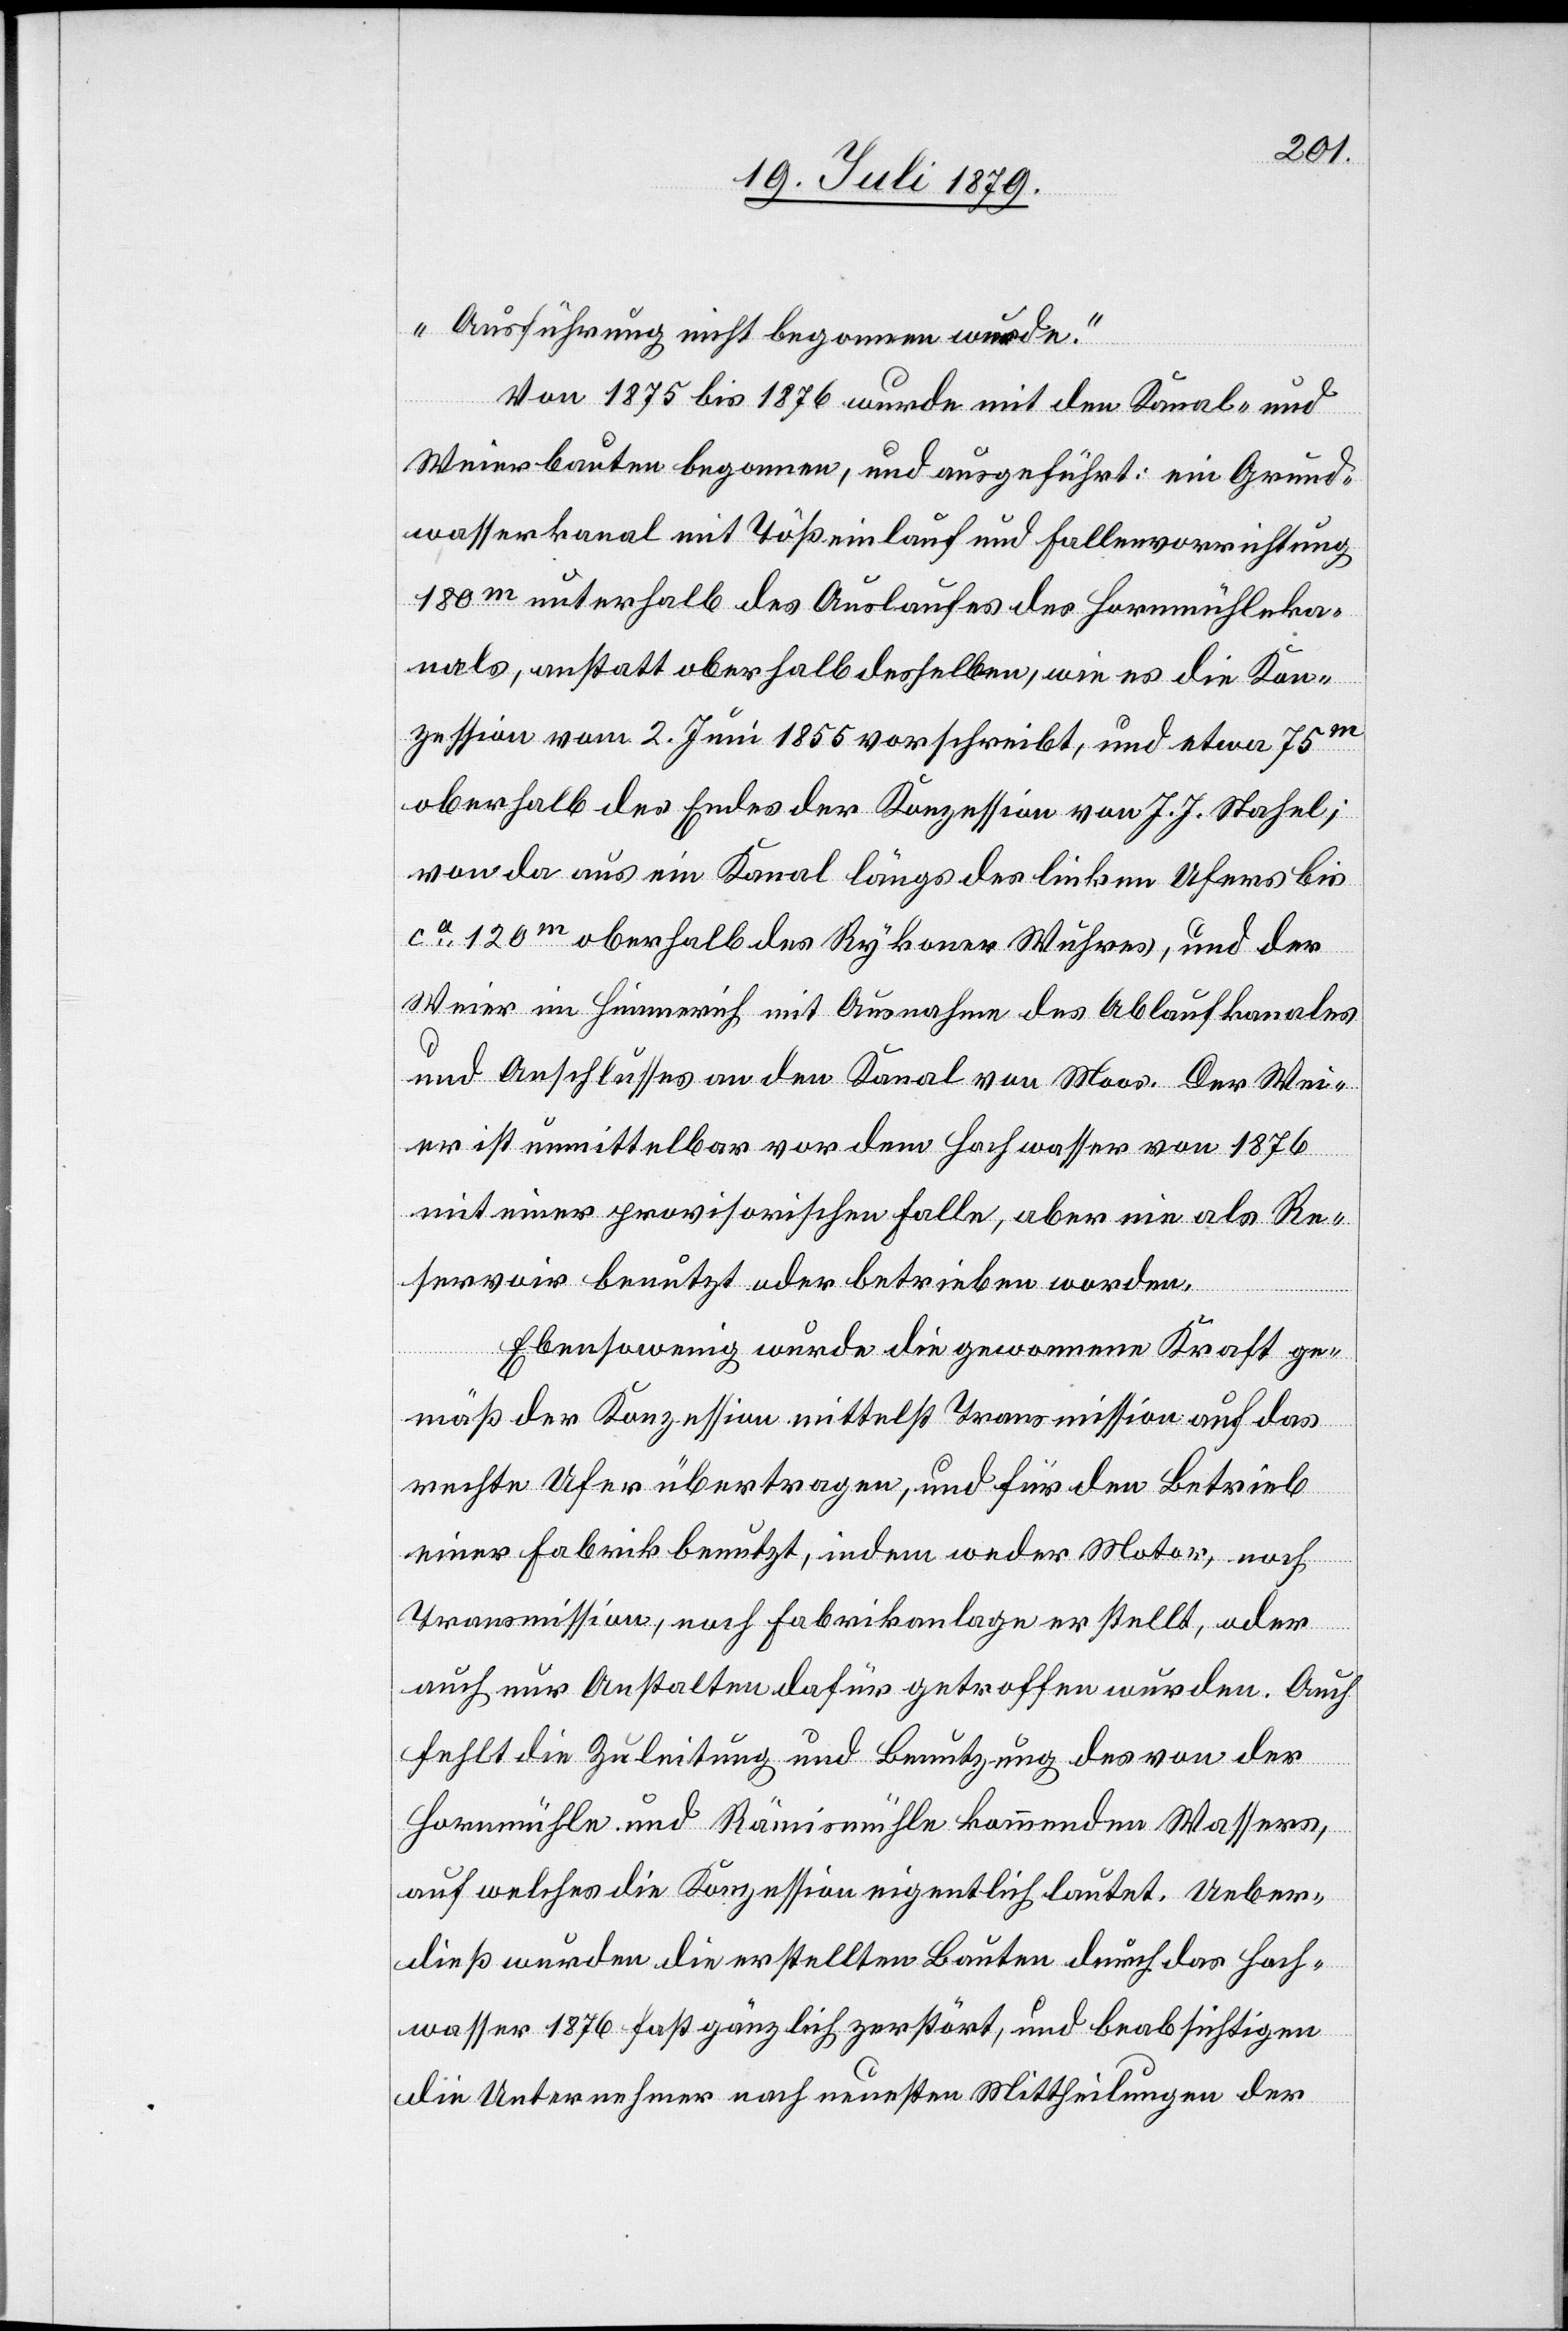
Ausführung nicht begonnen wurde.“
Von 1875 bis 1876 wurde mit den Kanal- und
Weierbauten begonnen, und ausgeführt: ein Grund¬
wasserkanal mit Tößeinlauf und Fallenvorrichtung
180m unterhalb des Auslaufes des Hornmühleka¬
nals, anstatt oberhalb desselben, wie es die Kon¬
zession vom 2. Juni 1855 vorschreibt, und etwa 75m
oberhalb des Endes der Konzession von J. J. Stahel;
von da aus ein Kanal längs des linken Ufers bis
ca 120m oberhalb des Rykoner Wuhres, und der
Weier im Himmerich mit Ausnahme des Ablaufkanales
und Anschlusses an den Kanal von Moos. Der Wei¬
er ist unmittelbar vor dem Hochwasser von 1876
mit einer provisorischen Falle, aber nie als Re¬
servoir benutzt oder betrieben worden.
Ebensowenig wurde die gewonnene Kraft ge¬
mäß der Konzession mittelst Transmission auf das
rechte Ufer übertragen, und für den Betrieb
einer Fabrik benutzt, indem weder Motor, noch
Transmission, noch Fabrikanlage erstellt, oder
auch nur Anstalten dafür getroffen wurden. Auch
fehlt die Zuleitung und Benutzung des von der
Hornmühle und Rämismühle kommenden Wassers,
auf welches die Konzession eigentlich lautet. Ueber¬
dieß wurden die erstellten Bauten durch das Hoch¬
wasser 1876 fast gänzlich zerstört, und beabsichtigen
die Unternehmer nach neuesten Mittheilungen der